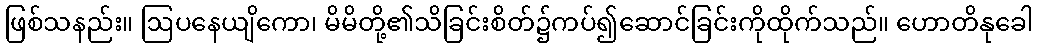
ဖြစ်သနည်း။ ဩပနေယျိကော၊ မိမိတို့၏သိခြင်းစိတ်၌ကပ်၍ဆောင်ခြင်းကိုထိုက်သည်။ ဟောတိနုခေါ